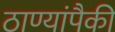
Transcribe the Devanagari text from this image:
ठाण्यांपैकी